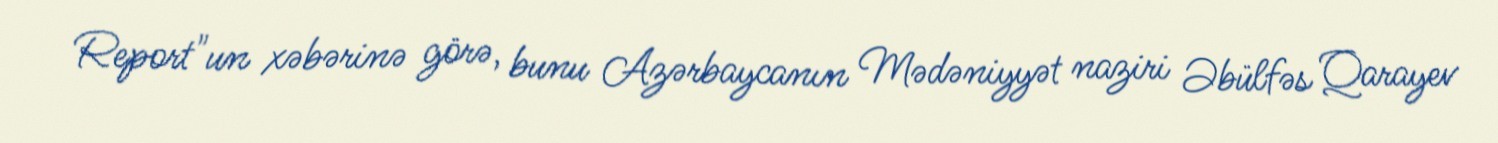
Report"un xəbərinə görə, bunu Azərbaycanın Mədəniyyət naziri Əbülfəs Qarayev